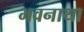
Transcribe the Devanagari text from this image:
भवनाथा